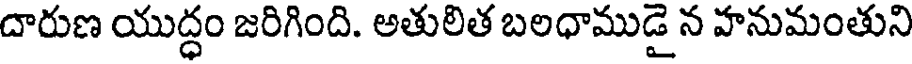
దారుణ యుద్ధం జరిగింది. అతులిత బలధాముడై న హనుమంతుని